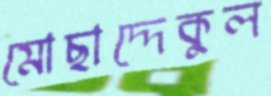
মোছাদ্দেকুল